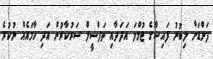
ފަންޑަށް ލިބުނު ފައިސާގެ ޖުމްލަ އަދަދާއި ތަފްސީލް ސަރުކާރުން އަދި ހާމައެއް ނުކުރެ